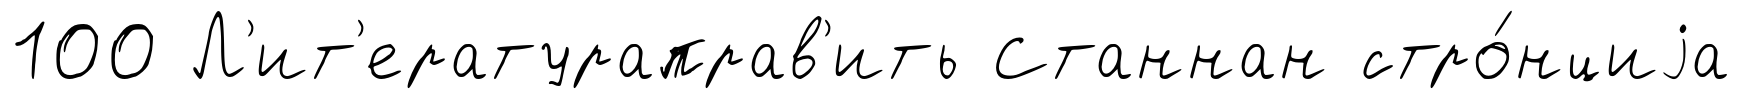
100 Л'ит'ератураправ'ить Станнан стро́нциjа